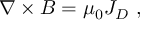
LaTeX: { \boldsymbol { \nabla \times B } } = \mu _ { 0 } { \boldsymbol { J _ { D } } } \ ,